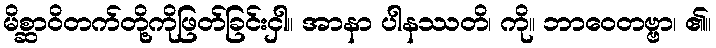
မိစ္ဆာဝိတက်တို့ကိုဖြတ်ခြင်းငှါ။ အာနာ ပါနဿတိ၊ ကို။ ဘာဝေတဗ္ဗာ၊ ၏။